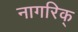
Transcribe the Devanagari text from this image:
नागरिक्